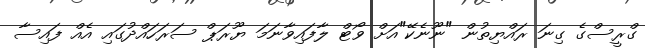
ގްރީސްގެ ގިނަ ރައްޔިތުން "ނޫނެކޭ"އަށް ވޯޓް ލާފައިވާނަމަ ޔޫރަޕް ސަރަހައްދުގައި އެއް ފައިސާ